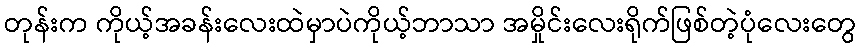
တုန်းက ကိုယ့်အခန်းလေးထဲမှာပဲကိုယ့်ဘာသာ အမှိုင်းလေးရိုက်ဖြစ်တဲ့ပုံလေးတွေ